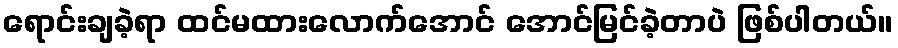
ရောင်းချခဲ့ရာ ထင်မထားလောက်အောင် အောင်မြင်ခဲ့တာပဲ ဖြစ်ပါတယ်။